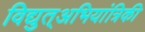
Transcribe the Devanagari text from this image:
विद्युत्अभियांत्रिकी